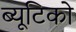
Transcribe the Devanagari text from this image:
ब्यूटिको